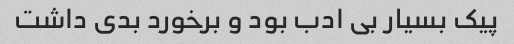
پیک بسیار بی ادب بود و برخورد بدی داشت